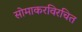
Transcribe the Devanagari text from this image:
सोमाकरविरचित